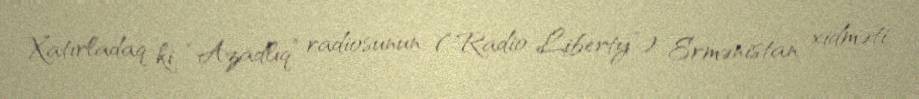
Xatırladaq ki, “Azadlıq” radiosunun (“Radio Liberty”) Ermənistan xidməti